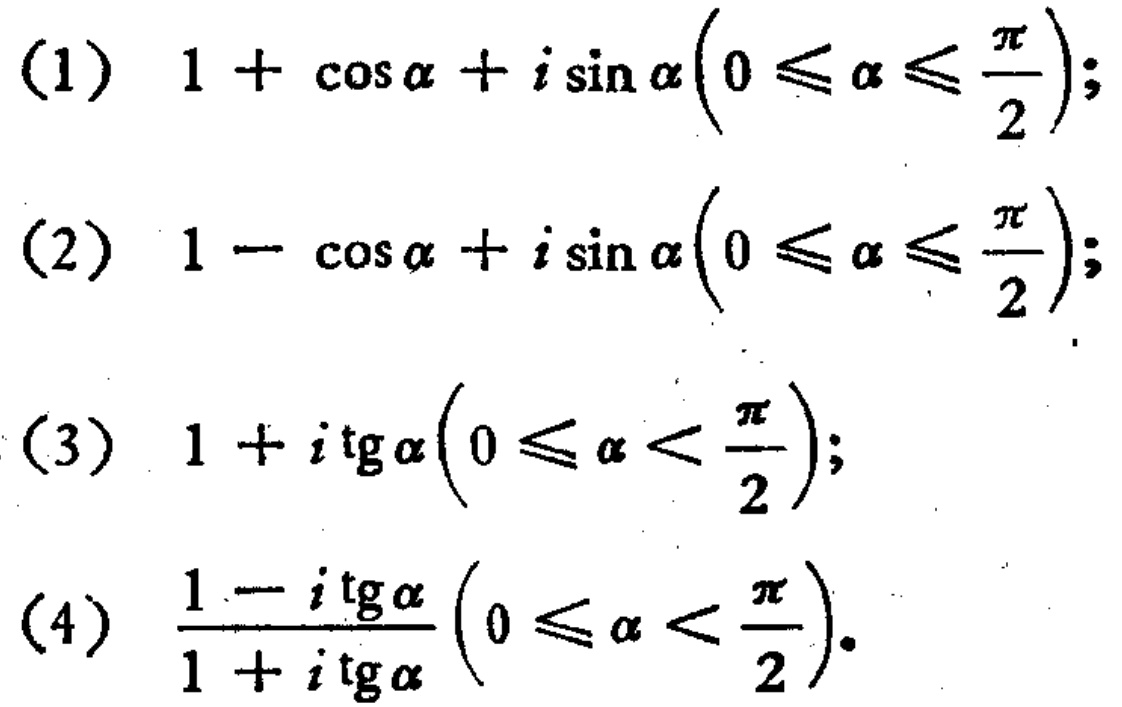
(1) \(1 + \cos\alpha + i\sin\alpha\left(0\leqslant\alpha\leqslant\frac{\pi}{2}\right)\);
(2) \(1 - \cos\alpha + i\sin\alpha\left(0\leqslant\alpha\leqslant\frac{\pi}{2}\right)\);
(3) \(1 + i\operatorname{tg}\alpha\left(0\leqslant\alpha<\frac{\pi}{2}\right)\);
(4) \(\frac{1 - i\operatorname{tg}\alpha}{1 + i\operatorname{tg}\alpha}\left(0\leqslant\alpha<\frac{\pi}{2}\right)\).